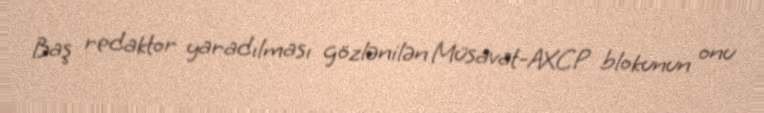
Baş redaktor yaradılması gözlənilən Müsavat-AXCP blokunun onu